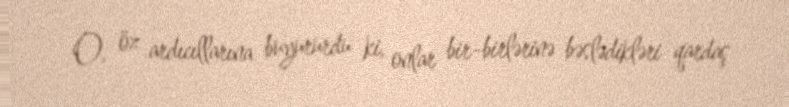
O, öz ardıcıllarına buyururdu ki, onlar bir-birlərinə bəslədikləri qardaş